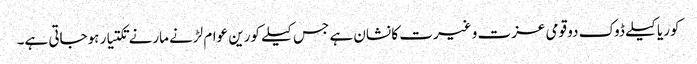
کوریا کیلے ڈوک دو قومی عزت و غیرت کا نشان ہے جس کیلے کورین عوام لڑنے مارنے تکتیار ہوجاتی ہے۔